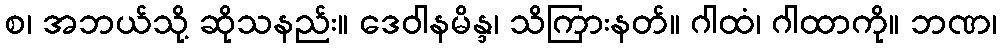
စ၊ အဘယ်သို့ ဆိုသနည်း။ ဒေဝါနမိန္ဒ၊ သိကြားနတ်။ ဂါထံ၊ ဂါထာကို။ ဘဏ၊